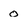
Character: o